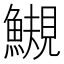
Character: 䲅